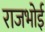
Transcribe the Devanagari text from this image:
राजभोई